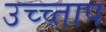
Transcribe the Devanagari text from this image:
उच्च्ताप